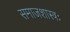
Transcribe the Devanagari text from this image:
समाजशास्त्रः